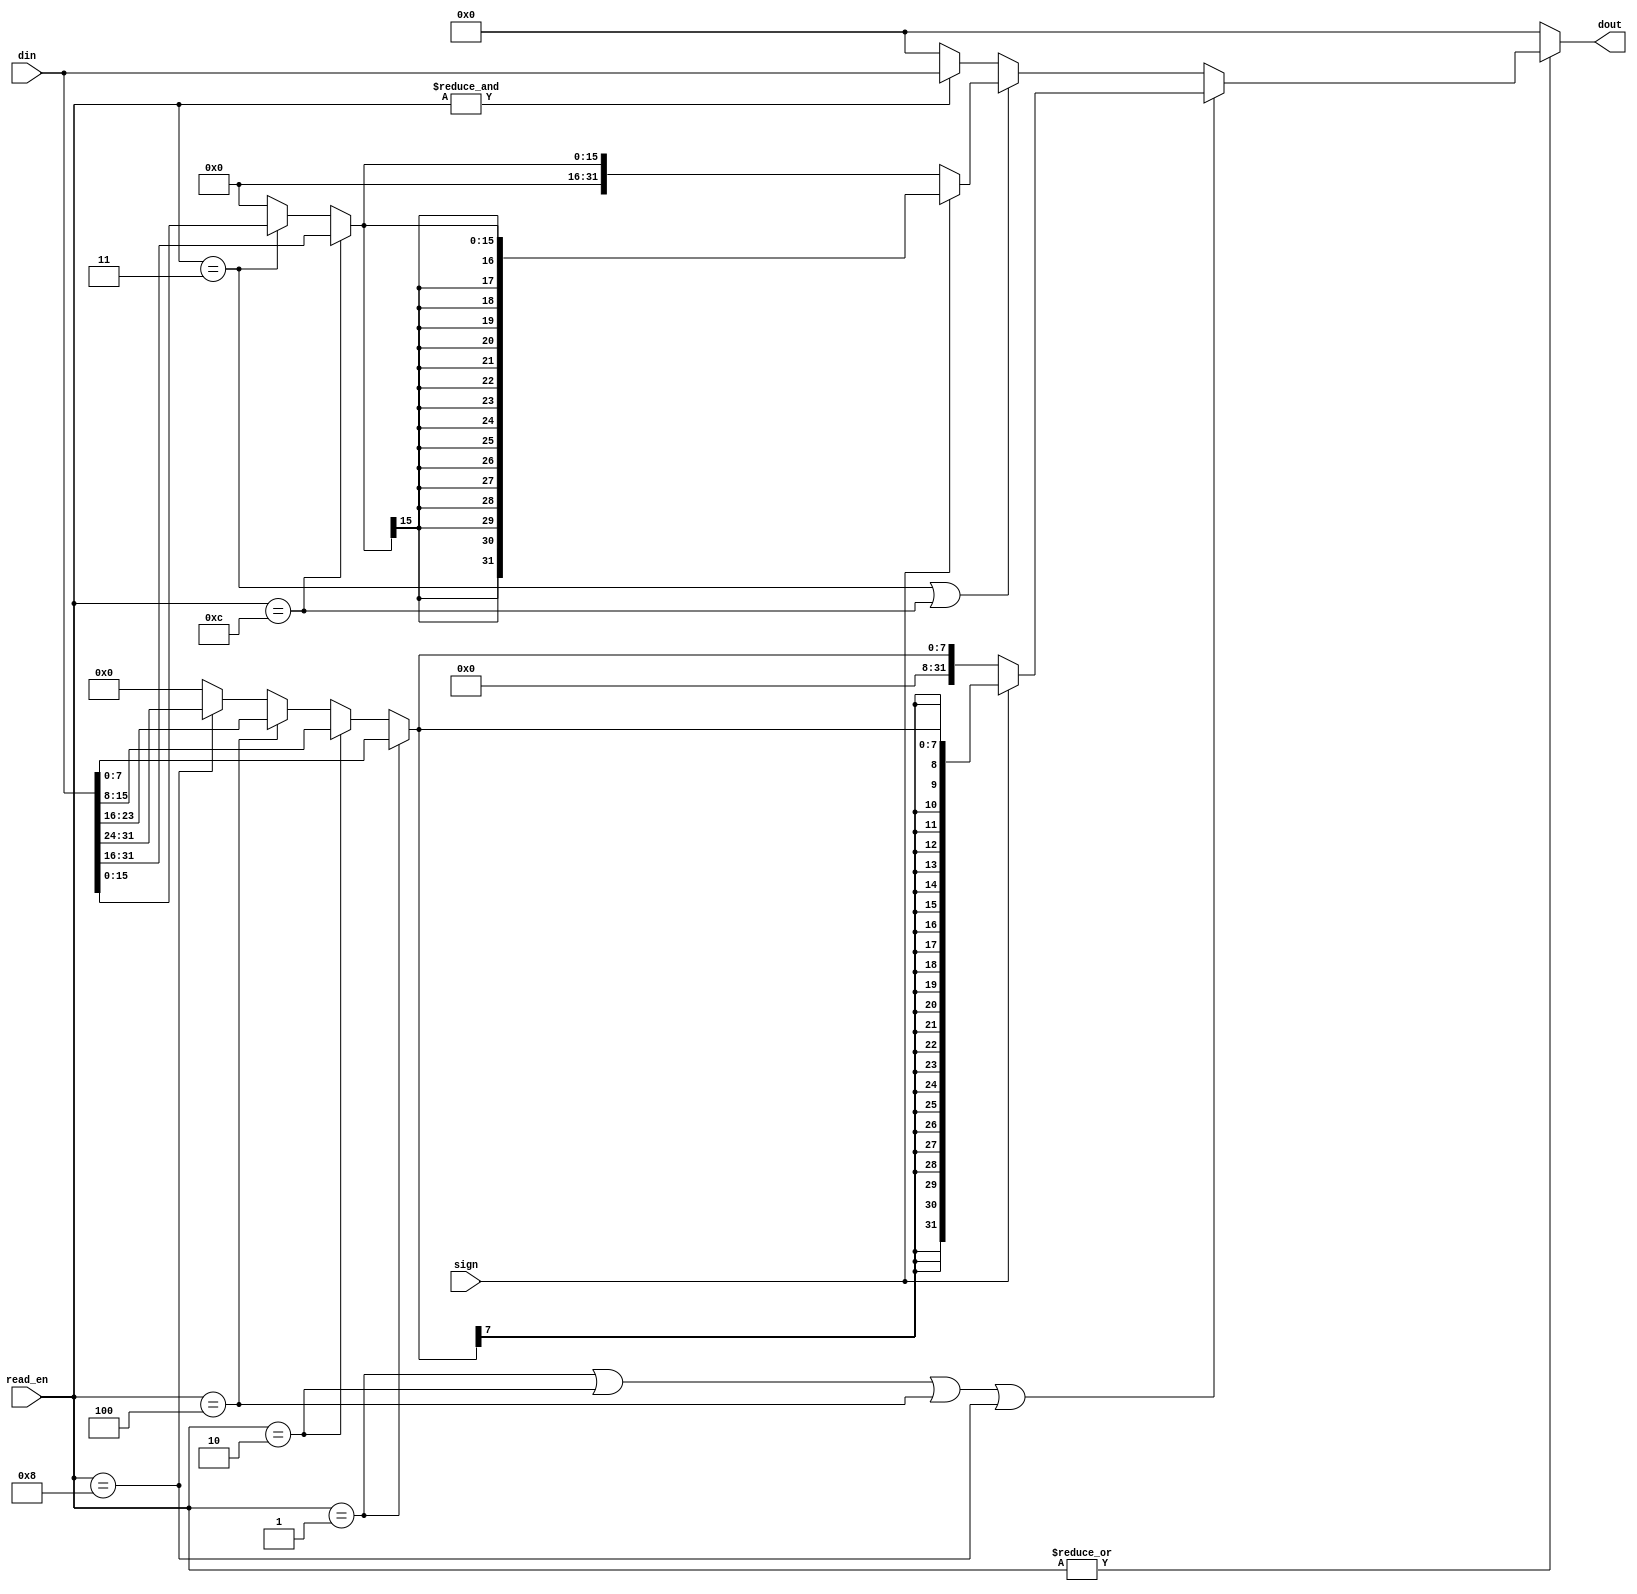
module memdataReadExtend(
    input   wire  [31: 0]   din,
    input   wire  [3: 0]    read_en,
    input   wire            sign,
    output  wire  [31: 0]   dout
);
    // read_en: 0001, 0010, 0100, 1000, 0011, 1100, 1111    high --- low
    wire [31: 0] word_data;
    wire [15: 0] half_data;
    wire [7: 0] byte_data;
    wire ren, rb, rh, rw;       // 
    assign rb = (read_en == 4'b0001) | (read_en == 4'b0010) | (read_en == 4'b0100) | (read_en == 4'b1000); 
    assign rh = (read_en == 4'b0011) | (read_en == 4'b1100);
    assign rw = &read_en; 
    assign byte_data = (read_en == 4'b0001) ? din[7: 0]: 
                       (read_en == 4'b0010) ? din[15: 8]:
                       (read_en == 4'b0100) ? din[23: 16]:
                       (read_en == 4'b1000) ? din[31: 24]: 8'b0;
    assign half_data = (read_en == 4'b1100) ? din[31: 16]:
                       (read_en == 4'b0011) ? din[15: 0]: 16'b0;
    assign word_data = din;
    assign ren = | read_en;
    assign dout = ~ren ? 32'b0 :                                        // read_en0
                    rb ? sign ? { {24{byte_data[7]}}, byte_data} :      // 
                                {24'b0, byte_data} :
                    rh ? sign ? { {16{half_data[15]}}, half_data} :     // 
                                { 16'b0, half_data} :
                    rw ? word_data : 32'b0;
endmodule